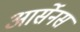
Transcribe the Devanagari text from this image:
आर्सेनस